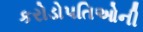
કરોડોપતિઓની